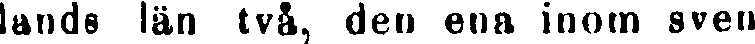
lands län två, den ena inom sven